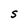
Character: S